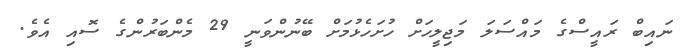
ނައިބް ރައީސްގެ މައްސަލަ މަޖިލީހަށް ހުށަހެޅުމަށް ބޭނުންވަނީ 29 މެންބަރުންގެ ސޮއި އެވެ.